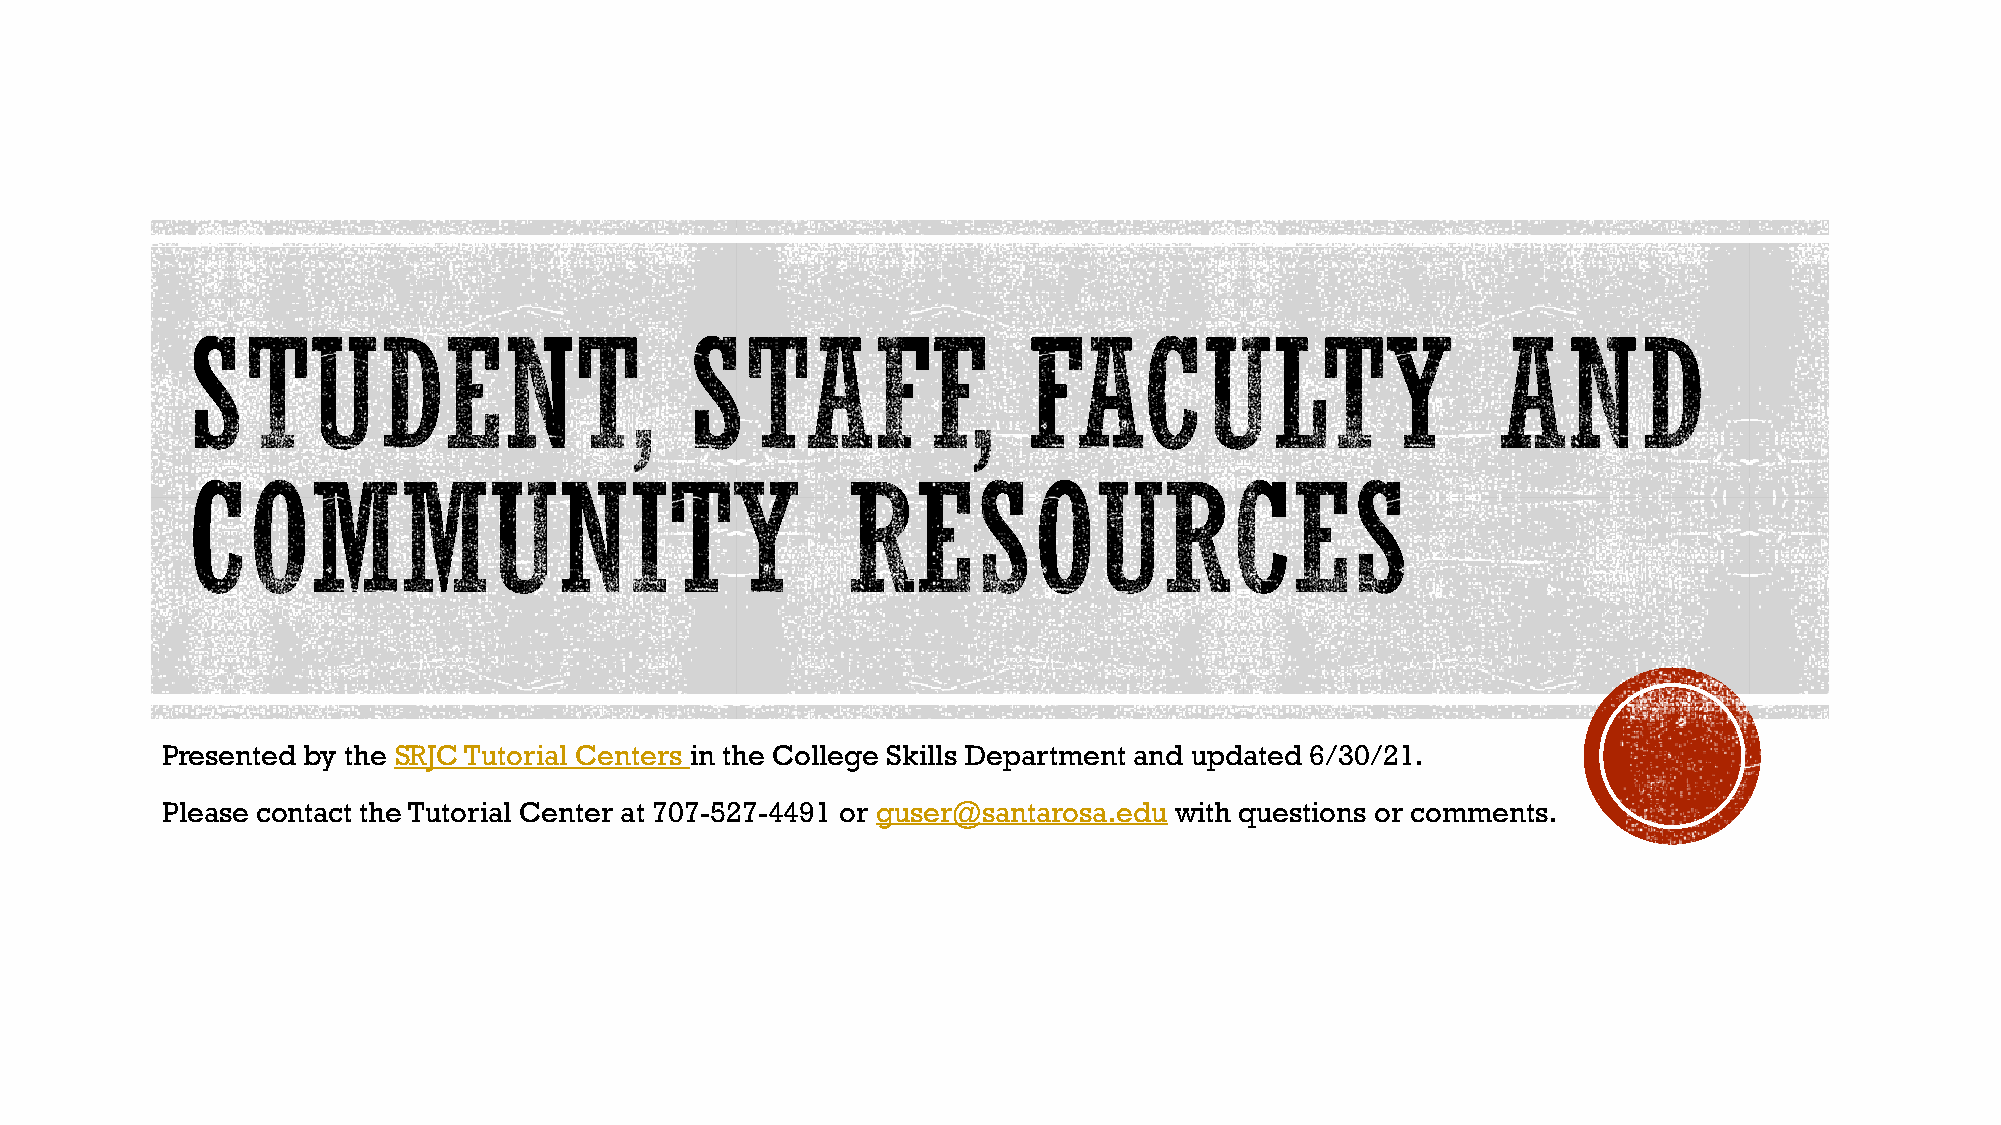
Presented by the SRJC Tutorial Centers in the College Skills Department and updated 6/30/21.
 Please contact the Tutorial Center at 707-527-4491 or guser@santarosa.edu with questions or comments.